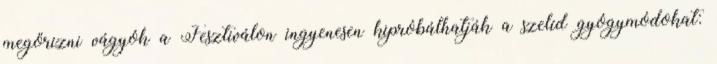
megőrizni vágyók a Fesztiválon ingyenesen kipróbálhatják a szelíd gyógymódokat: